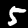
Digit: 5